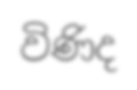
විණිද